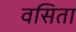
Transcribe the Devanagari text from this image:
वसिता